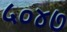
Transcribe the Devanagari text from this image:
५०४७